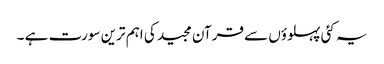
یہ کئی پہلوؤں سے قرآن مجید کی اہم ترین سورت ہے ۔